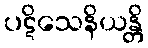
ပဋိသေနိယန္တိ